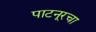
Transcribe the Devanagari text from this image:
पाटनूरचा